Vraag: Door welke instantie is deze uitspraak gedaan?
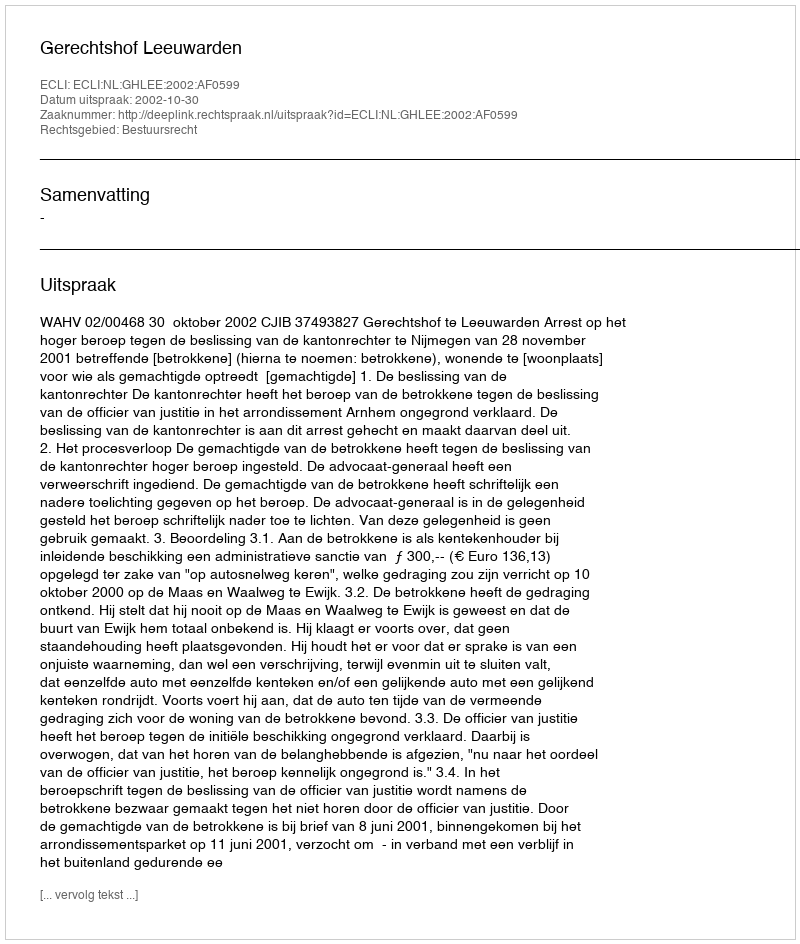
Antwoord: Gerechtshof Leeuwarden